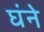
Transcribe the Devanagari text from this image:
घंने